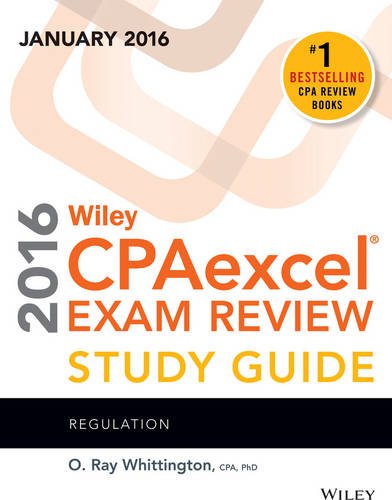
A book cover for Wiley CPAexcel Exam Review 2016 Study Guide January: Regulation; O. Ray Whittington; Test Preparation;